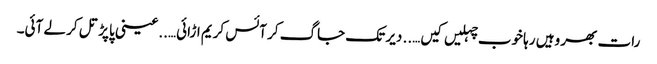
رات بھر وہیں رہا خوب چہلیں کیں….. دیر تک جاگ کر آئس کریم اڑائی…..عینی پاپڑ تل کر لے آئی۔